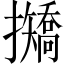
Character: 𢹣